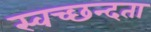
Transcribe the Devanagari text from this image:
स्‍वच्‍छन्‍दता